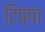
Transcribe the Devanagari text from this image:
टिप्पा